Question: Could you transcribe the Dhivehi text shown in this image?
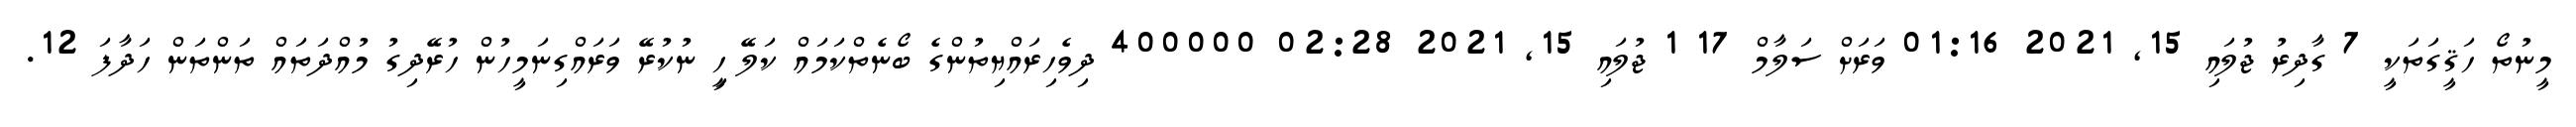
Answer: މީނުތޯ ހަޤީގަތަކީ 7 ގާދިރު ޖުލައި 15, 2021 01:16 ވަރަށް ސަލާމް 17 1 ޖުލައި 15, 2021 02:28 400000 ދިވެހިރައްޔިތުންގެ ބޯނެތްކަމައް ކަލޭ ހިީ ނުކުރޭ ވަރައްގިނަމީހުން ހުރޭދިގު މުއްދަތައް ތަންތަން ހަދާފަ 12.